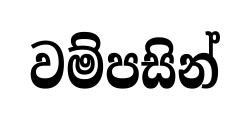
වම්පසින්